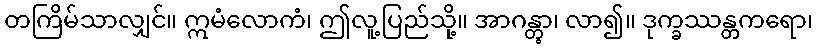
တကြိမ်သာလျှင်။ ဣမံလောကံ၊ ဤလူ့ပြည်သို့။ အာဂန္တွာ၊ လာ၍။ ဒုက္ခဿန္တကရော၊